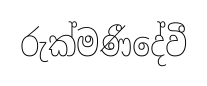
රුක්මණීදේවී